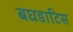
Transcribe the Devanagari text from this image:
बघडाटिस